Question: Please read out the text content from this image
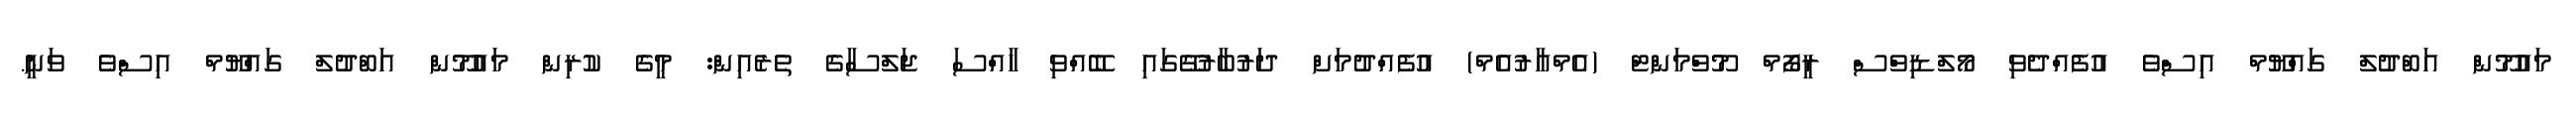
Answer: މައުމޫން އަބްދުލް ގައްޔޫމް އިސްވެ އުފެއްދެވި މޯލްޑިވްސް ރީފޯމް މޫވްމަންޓް (އެމްއާރުއެމް) އުފެއްދުމަށް ދަރުބާރުގޭގައި ބޭއްވި ހާއްސަ ޖަލްސާގެ ތެރެއިން: މީގެ ކުރިން މައުމޫން އަބްދުލް ގައްޔޫމް އިސްވެ ވަނީ.